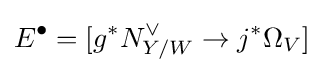
E^{\bullet }=[g^{*}N_{Y/W}^{\vee }\to j^{*}\Omega _{V}]